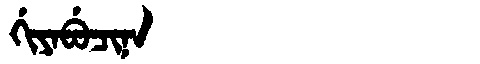
Manchu: ᡤᡳᠶᠠᠪᡠᠴᡳᠨᠠ
Romanization: GIYABUCINA